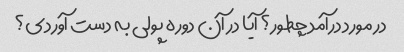
در مورد درآمد چطور؟ آیا در آن دوره پولی به دست آوردی؟